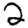
Digit: 2